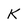
Character: k